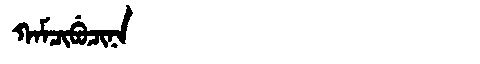
Manchu: ᡴᠠᠮᠴᡳᠪᡠᠴᡳᠨᠠ
Romanization: KAMCIBUCINA